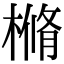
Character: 樇